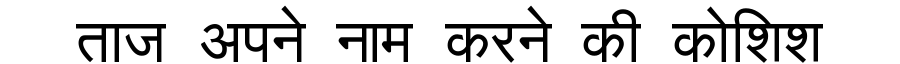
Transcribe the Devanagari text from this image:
ताज अपने नाम करने की कोशिश